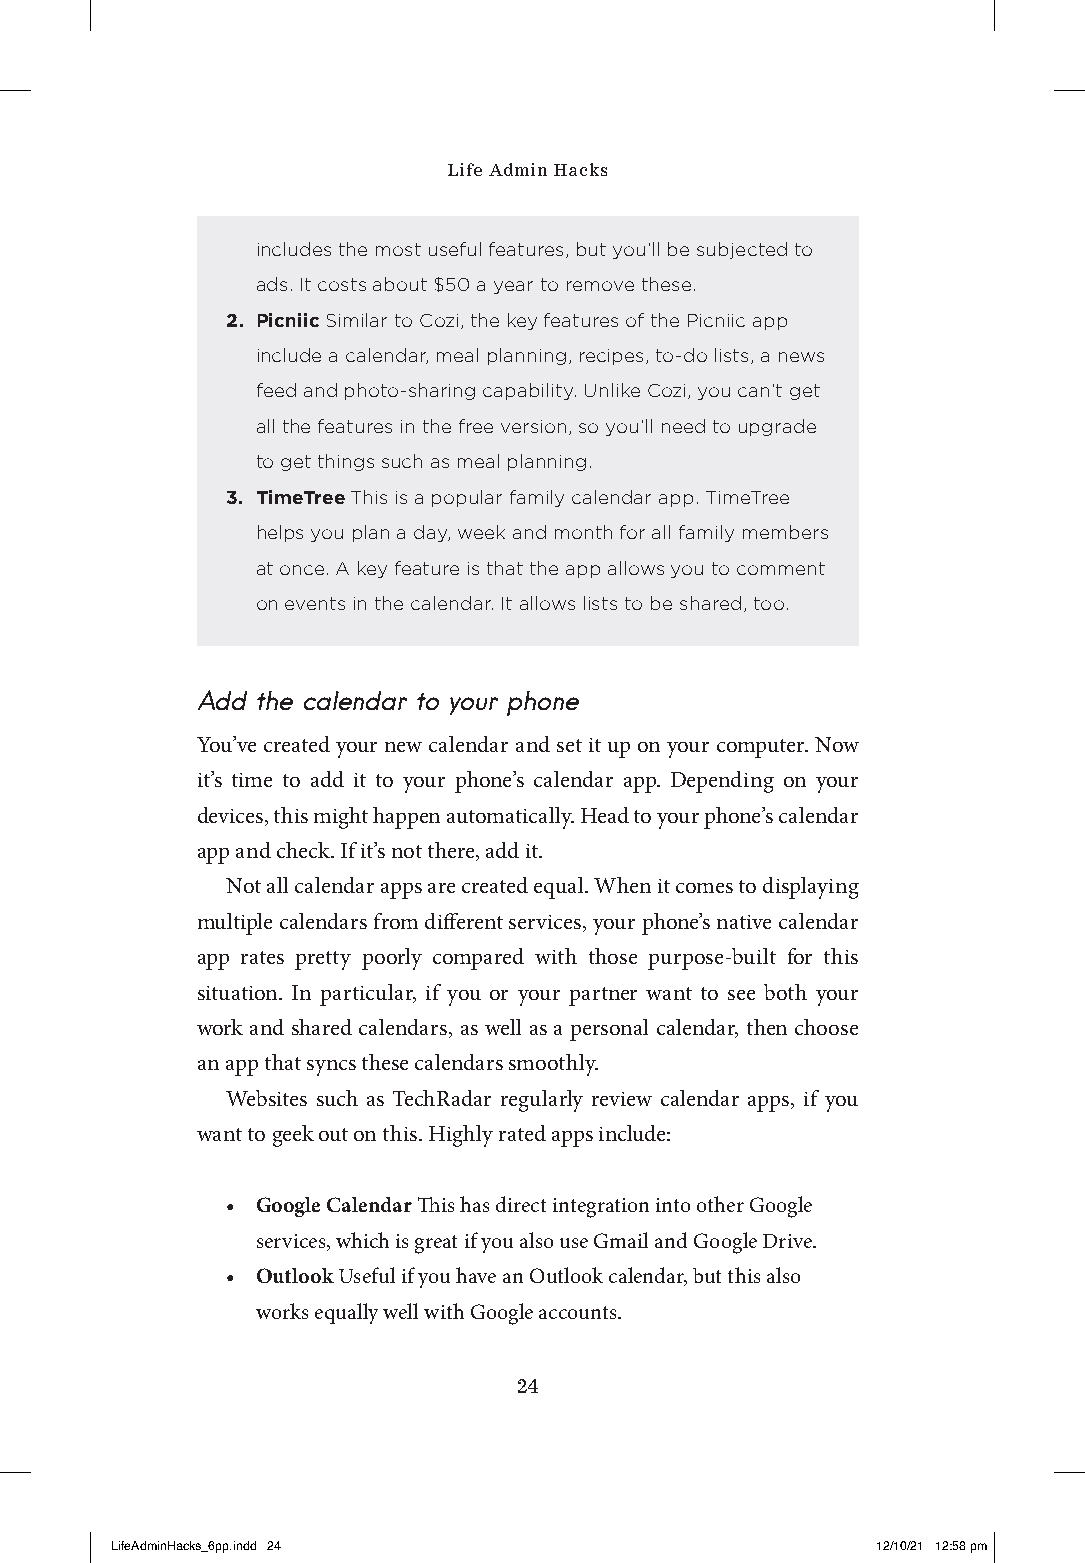
Life Admin Hacks
 includes the most useful features, but you’ll be subjected to
 ads. It costs about $50 a year to remove these.
 2. Picniic Similar to Cozi, the key features of the Picniic app
 include a calendar, meal planning, recipes, to-do lists, a news
 feed and photo-sharing capability. Unlike Cozi, you can’t get
 all the features in the free version, so you’ll need to upgrade
 to get things such as meal planning.
 3. TimeTree This is a popular family calendar app. TimeTree
 helps you plan a day, week and month for all family members
 at once. A key feature is that the app allows you to comment
 on events in the calendar. It allows lists to be shared, too.
 Add the calendar to your phone
 You’ve created your new calendar and set it up on your computer. Now
 it’s time to add it to your phone’s calendar app. Depending on your
 devices, this might happen automatically. Head to your phone’s calendar
 app and check. If it’s not there, add it.
 Not all calendar apps are created equal. When it comes to displaying
 multiple calendars from different services, your phone’s native calendar
 app rates pretty poorly compared with those purpose-built for this
 situation. In particular, if you or your partner want to see both your
 work and shared calendars, as well as a personal calendar, then choose
 an app that syncs these calendars smoothly.
 Websites such as TechRadar regularly review calendar apps, if you
 want to geek out on this. Highly rated apps include:
 • Google Calendar This has direct integration into other Google
 services, which is great if you also use Gmail and Google Drive.
 • Outlook Useful if you have an Outlook calendar, but this also
 works equally well with Google accounts.
 24
 LLiiffeeAAddmmiinnHHaacckkss__66pppp..iinndddd 2244 1122//1100//2211 1122::5588 ppmm